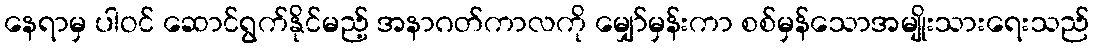
နေရာမှ ပါဝင် ဆောင်ရွက်နိုင်မည့် အနာဂတ်ကာလကို မျှော်မှန်းကာ စစ်မှန်သောအမျိုးသားရေးသည်